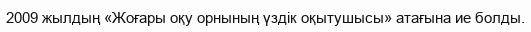
2009 жылдың «Жоғары оқу орнының үздік оқытушысы» атағына ие болды.